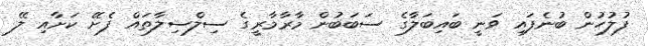
ފުލުހުން ބުނެފައި ވަނީ ބައިބަލާގެ ސަބަބުން މާރާމާރީގެ ސިލްސިލާތައް ފެށޭ ކަށާއި ލޭ